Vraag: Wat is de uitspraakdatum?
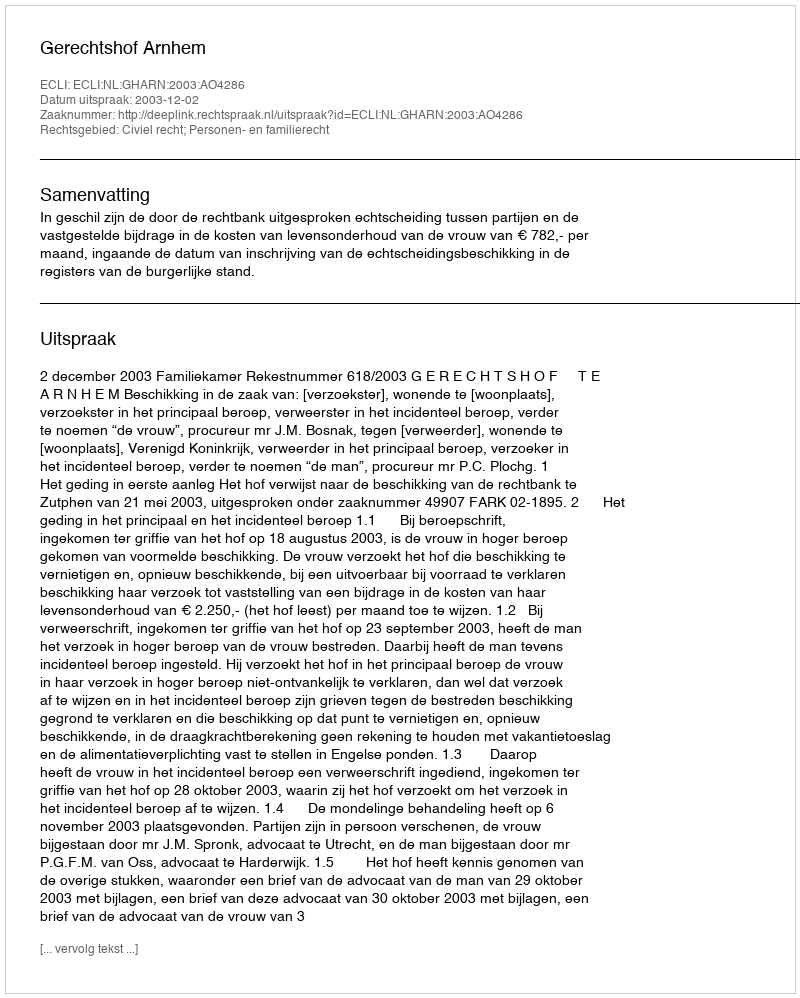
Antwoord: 2003-12-02